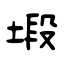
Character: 塅